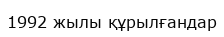
1992 жылы құрылғандар